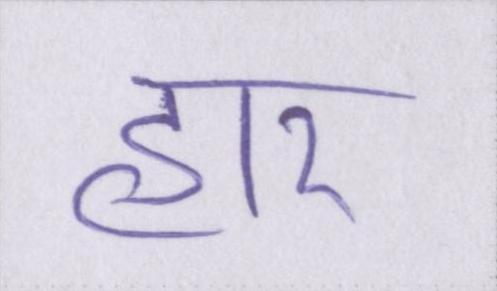
हार